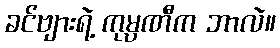
ခင်ဗျားရဲ့ ကုမ္ပဏီက ဘာလဲ။